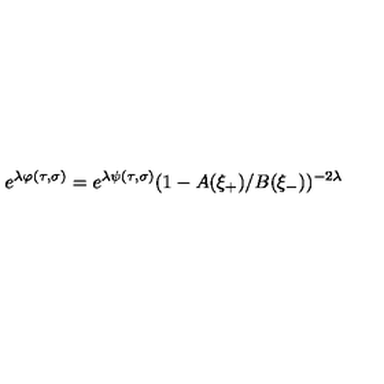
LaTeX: e ^ { \lambda \varphi ( \tau , \sigma ) } = e ^ { \lambda \psi ( \tau , \sigma ) } ( 1 - A ( \xi _ { + } ) / B ( \xi _ { - } ) ) ^ { - 2 \lambda }